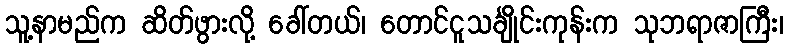
သူ့နာမည်က ဆိတ်ဖွားလို့ ခေါ်တယ်၊ တောင်ငူသင်္ချိုင်းကုန်းက သုဘရာဇာကြီး၊